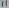
Text: 11